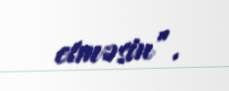
etməsin”.